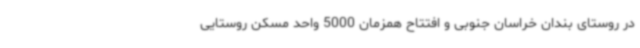
در روستای بندان خراسان جنوبی و افتتاح همزمان 5000 واحد مسکن روستایی